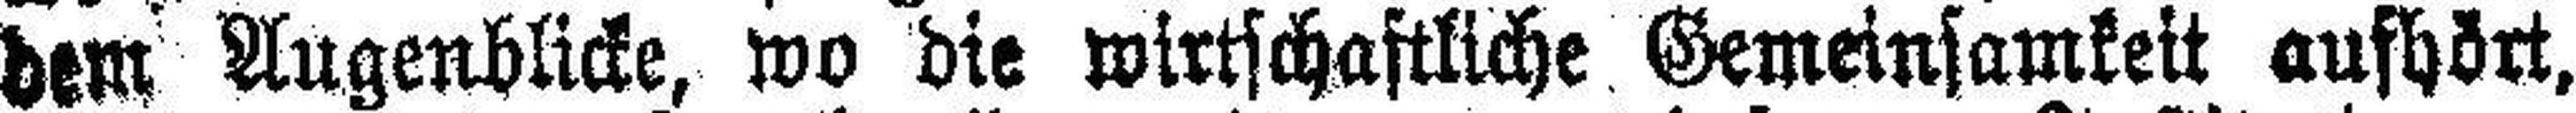
dem Augenblicke, wo die wirtschaftliche Gemeinsamkeit aufhört,